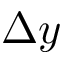
\Delta y